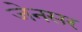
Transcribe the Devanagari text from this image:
जेनसर